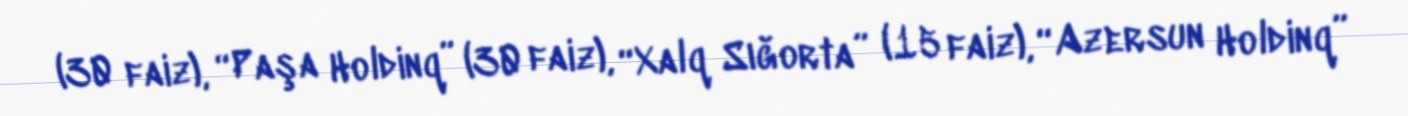
(30 faiz), “Paşa Holdinq” (30 faiz), “Xalq Sığorta” (15 faiz), “Azersun Holdinq”